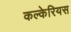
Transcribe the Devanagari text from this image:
कल्केरियस